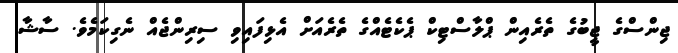
ޖިންސްގެ ޖީބުގެ ތެރެއިން ޕްލާސްޓިކް ޕެކެޓެއްގެ ތެރެއަށް އެޅިފައިވި ސިރިންޖެއް ނެގިކަމެވެ. ސާޝާ